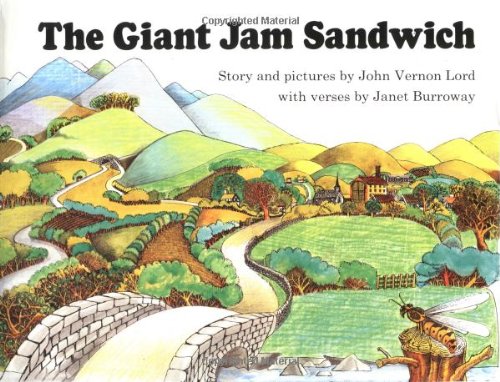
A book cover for The Giant Jam Sandwich (Sandpiper Book); John Vernon Lord; Children's Books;